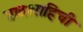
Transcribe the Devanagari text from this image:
बादशाहिची